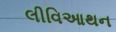
લીવિઆથન